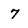
Character: 7